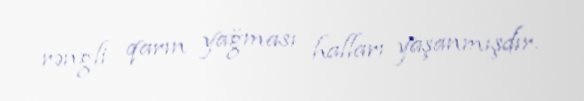
rəngli qarın yağması halları yaşanmışdır.